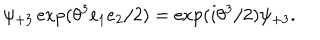
\psi _ { + 3 } \exp ( \theta ^ { 3 } e _ { 1 } e _ { 2 } / 2 ) = \exp ( i \theta ^ { 3 } / 2 ) \psi _ { + 3 } .